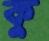
কু